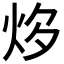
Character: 𤇔